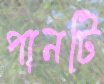
পানটি